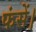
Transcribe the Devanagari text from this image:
फंसें।